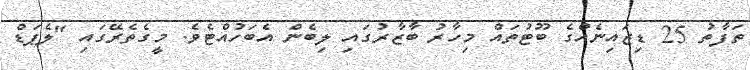
ތަފާތު 25 ޑިޒައިނެއްގެ ބޫޓުތައް މިހާރު ބާޒާރުގައި ލިބެން އެބަހުއްޓެވެ. މީގެތެރޭގައި "ލެޕަޑް